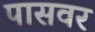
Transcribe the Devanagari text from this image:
पासवर